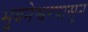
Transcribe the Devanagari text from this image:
भुवनेश्वरपासून